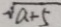
\sqrt { a + 5 }